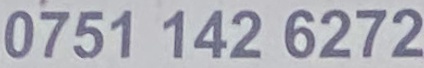
0751 142 6272